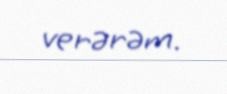
verərəm.